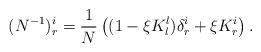
LaTeX: \begin{align*}(N^{-1})^i_r = \frac{1}{N} \left((1-\xi K^l_l) \delta^i_r + \xi K^i_r \right).\end{align*}